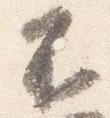
不